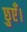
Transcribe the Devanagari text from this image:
छुएँ।